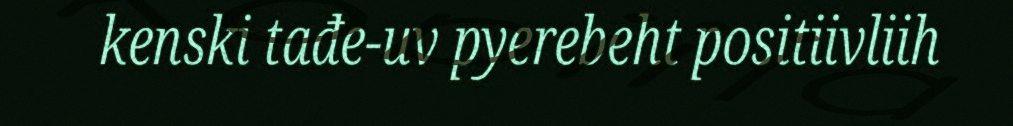
kenski tađe-uv pyerebeht positiivliih